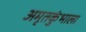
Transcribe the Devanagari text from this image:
अमृतकुंभाला